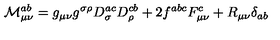
{ \cal M } _ { \mu \nu } ^ { a b } = g _ { \mu \nu } g ^ { \sigma \rho } D _ { \sigma } ^ { a c } D _ { \rho } ^ { c b } + 2 f ^ { a b c } F _ { \mu \nu } ^ { c } + R _ { \mu \nu } \delta _ { a b }